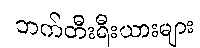
ဘက်တီးရီးယားများ